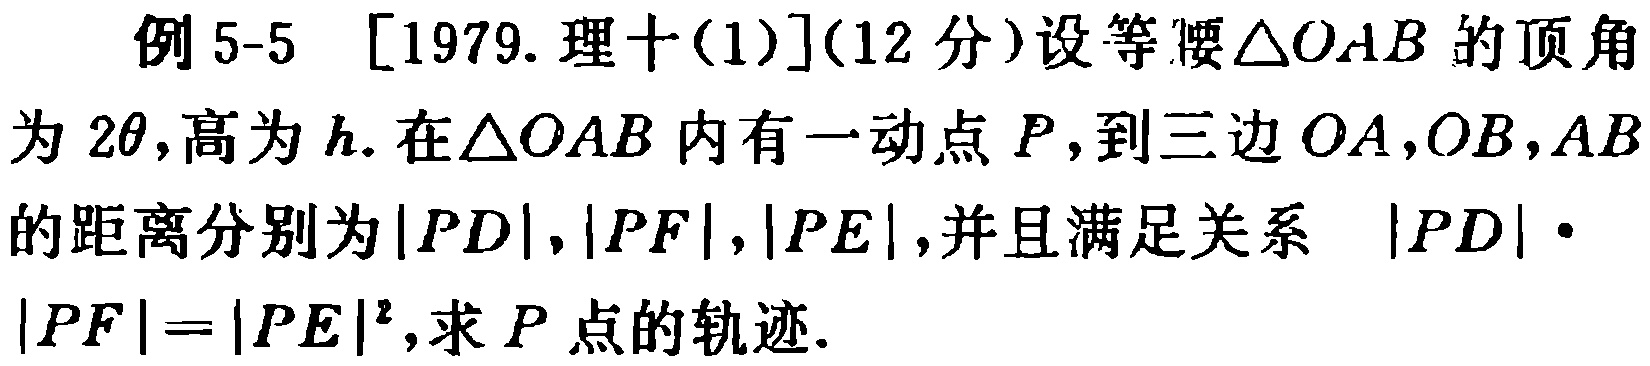
例 5-5 [1979. 理十(1)]$(12$分)设等腰$\triangle OAB$的顶角为$2\theta$,高为$h$. 在$\triangle OAB$内有一动点$P$,到三边$OA,OB,AB$的距离分别为$|PD|,|PF|,|PE|$,并且满足关系 $|PD|\cdot|PF| = |PE|^{2}$,求$P$点的轨迹.